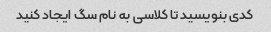
کدی بنویسید تا کلاسی به نام سگ ایجاد کنید